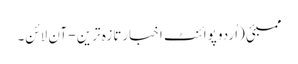
ممبئی (اُردو پوائنٹ اخبارتازہ ترین - آن لائن۔